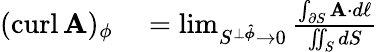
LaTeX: \begin{array}{rl}{(\operatorname{curl}\mathbf{A})_{\phi}}&{{}=\operatorname*{lim}_{S^{\perp{\boldsymbol{\hat{\phi}}}}\to 0}{\frac{\int_{\partial S}\mathbf{A}\cdot d\mathbf{\ell}}{\iint_{S}dS}}}\end{array}